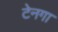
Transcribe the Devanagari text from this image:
टेनगा